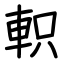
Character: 軹